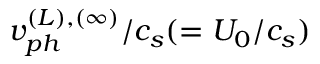
v _ { p h } ^ { ( L ) , ( \infty ) } / c _ { s } ( = U _ { 0 } / c _ { s } )